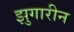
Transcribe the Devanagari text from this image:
झुगारीन